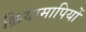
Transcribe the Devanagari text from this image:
क्रियामापियों